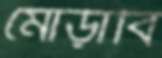
মোড়াবি